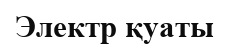
Электр қуаты